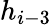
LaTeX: h_{i-3}